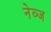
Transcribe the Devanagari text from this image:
नेव्ज